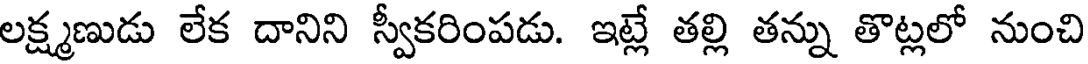
లక్ష్మణుడు లేక దానిని స్వీకరింపడు. ఇట్లే తల్లి తన్ను తొట్లలో నుంచి